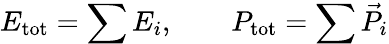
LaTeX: E_{\mathrm{tot}}=\sum E_{i},\qquad P_{\mathrm{tot}}=\sum\vec{P}_{i}